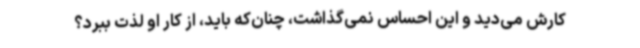
کارش می‌دید و این احساس نمی‌گذاشت، چنان‌که باید، از کار او لذت ببرد؟